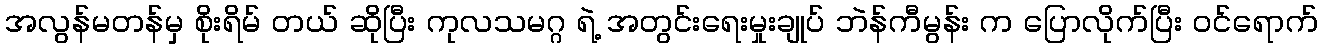
အလွန်မတန်မှ စိုးရိမ် တယ် ဆိုပြီး ကုလသမဂ္ဂ ရဲ့ အတွင်းရေးမှုးချုပ် ဘဲန်ကီမွန်း က ပြောလိုက်ပြီး ဝင်ရောက်